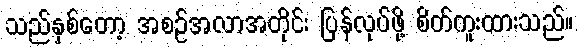
သည်နှစ်တော့ အစဉ်အလာအတိုင်း ပြန်လုပ်ဖို့ စိတ်ကူးထားသည်။